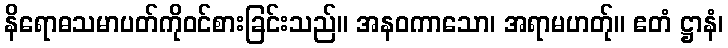
နိရောဓသမာပတ်ကိုဝင်စားခြင်းသည်။ အနဝကာသော၊ အရာမဟတ်ု။ ဧတံ ဋ္ဌာနံ၊